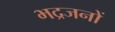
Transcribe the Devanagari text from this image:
भद्रजनों